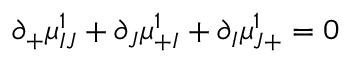
\partial _ { + } \mu _ { I J } ^ { 1 } + \partial _ { J } \mu _ { + I } ^ { 1 } + \partial _ { I } \mu _ { J + } ^ { 1 } = 0